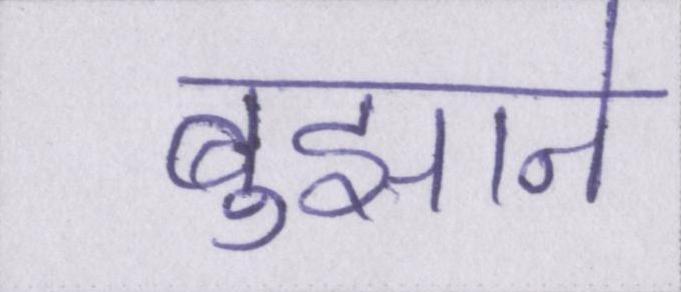
बुझाने